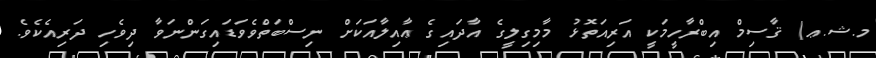
މ.ޝ.ޢ) ޤާސިމް އިބްރާހީމަކީ އަރިއަތޮޅު މާމިގިލީގެ އާދައިގެ ޢާއިލާއަކަށް ނިސްބަތްވެވަޑައިގަންނަވާ ދިވެހި ދަރިއެކެވެ.